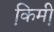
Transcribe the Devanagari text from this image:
कि़मी़